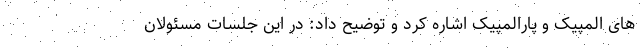
های المپیک و پارالمپیک اشاره کرد و توضیح داد: در این جلسات مسئولان